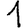
Digit: 1